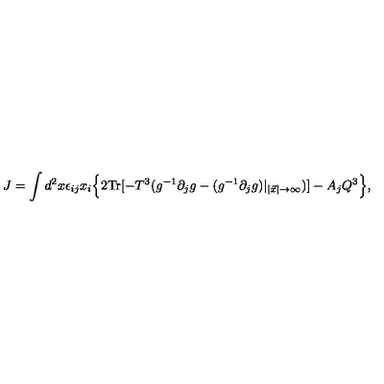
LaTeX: J = \int d ^ { 2 } x \epsilon _ { i j } x _ { i } \Bigl \{ 2 \mathrm { T r } [ - T ^ { 3 } ( g ^ { - 1 } \partial _ { j } g - ( g ^ { - 1 } \partial _ { j } g ) | _ { | \vec { x } | \rightarrow \infty } ) ] - A _ { j } Q ^ { 3 } \Bigr \} ,